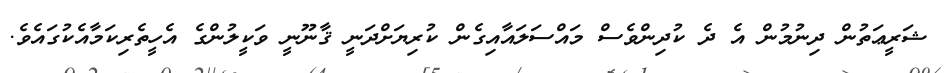
ޝަރީޢަތުން ދިނުމުން އެ ދެ ކުދިންވެސް މައްސަލައާއިގެން ކުރިޔަށްދަނީ ޤާނޫނީ ވަކީލުންގެ އެހީތެރިކަމާއެކުގައެވެ.